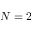
N = 2